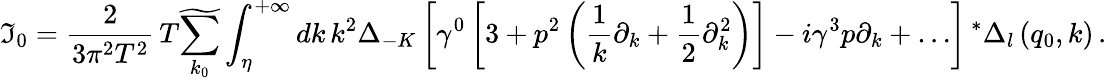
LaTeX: \mathfrak{I}_{0}=\frac{{2}}{{3\pi^{2}T^{2}}}\, T\widetilde{{\sum_{k_{0}}}}\int_{\eta}^{+\infty}dk\, k^{2}\Delta_{-K}\left[\gamma^{0}\left[3+p^{2}\left(\frac{{1}}{{k}}\partial_{k}+\frac{{1}}{{2}}\partial_{k}^{2}\right)\right]-i\gamma^{3}p\partial_{k}+\dots\right]\, ^{\ast}\Delta_{l}\left(q_{0},k\right)\, .